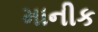
માનીક